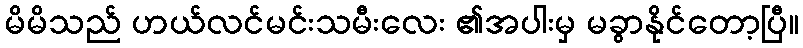
မိမိသည် ဟယ်လင်မင်းသမီးလေး ၏အပါးမှ မခွာနိုင်တော့ပြီ။